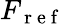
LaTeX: F_{\mathrm{~r~e~f~}}